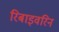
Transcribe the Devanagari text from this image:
रिबाइवरिन